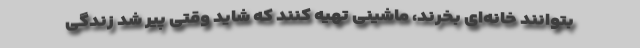
بتوانند خانه‌ای بخرند، ماشینی تهیه کنند که شاید وقتی پیر شد زندگی